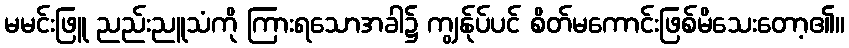
မမင်းဖြူ ညည်းညူသံကို ကြားရသောအခါ၌ ကျွန်ုပ်ပင် စိတ်မကောင်းဖြစ်မိသေးတော့၏။